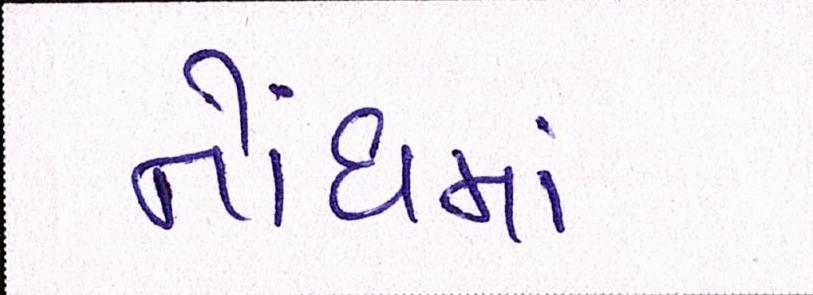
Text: નોંધમાં